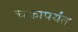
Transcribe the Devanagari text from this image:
चक्रापर्यंत